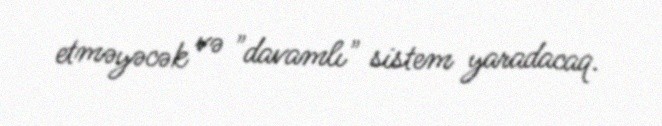
etməyəcək və "davamlı" sistem yaradacaq.